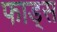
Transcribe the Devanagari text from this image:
फाड्स